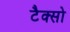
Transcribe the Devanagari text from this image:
टैक्सो